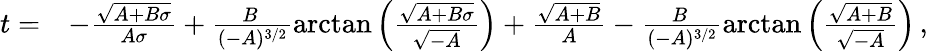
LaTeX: \begin{array}{rl}{t=}&{-\frac{\sqrt{A+B\sigma}}{A\sigma}+\frac{B\, }{(-A)^{3/2}}\mathrm{arctan}\left(\frac{\sqrt{A+B\sigma}}{\sqrt{-A}}\right)+\frac{\sqrt{A+B}}{A}-\frac{B\, }{(-A)^{3/2}}\mathrm{arctan}\left(\frac{\sqrt{A+B}}{\sqrt{-A}}\right)\, ,}\end{array}